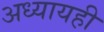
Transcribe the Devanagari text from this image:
अध्यायही